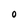
Character: O